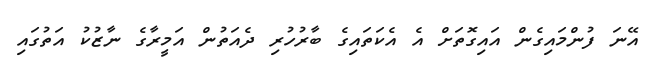
އޭނަ ފުންމައިގެން އައިގޮތަށް އެ އެކަތައިގެ ބާރުހުރި ދެއަތުން އަމީރާގެ ނާޒުކު އަތުގައި